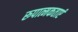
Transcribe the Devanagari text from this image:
रूपात्मकताएं